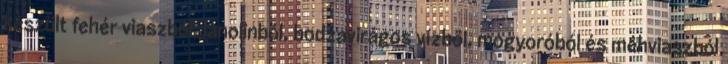
készült fehér viaszból, lanolinból, bodzavirágos vízből, mogyoróból és méhviaszból